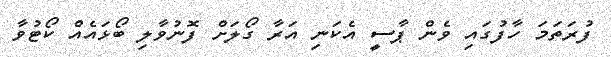
ފުރަތަމަ ހާފުގައި ވެން ޕާސީ އެކަނި އަރާ ގޯލަށް ފޮނުވާލި ބޯޅައެއް ކޯޓުވާ